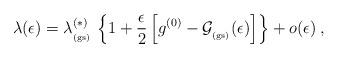
LaTeX: \begin{align*}\lambda (\epsilon)=\lambda^{(\ast)}_{_{\rm (gs)}} \,\left\{1+ \frac{\epsilon}{2} \left[ g^{(0)}- {\mathcal G}_{_{\rm (gs)}} (\epsilon)\right]\right\}+o(\epsilon)\; ,\end{align*}